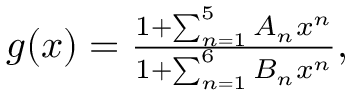
\begin{array} { r } { g ( x ) = \frac { 1 + \sum _ { n = 1 } ^ { 5 } A _ { n } x ^ { n } } { 1 + \sum _ { n = 1 } ^ { 6 } B _ { n } x ^ { n } } , } \end{array}